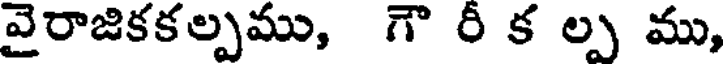
వైరాజికకల్పము, గౌ రీ క ల్ప ము,